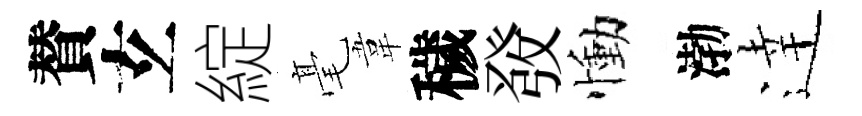
賛𤣥綻毫韋穢𤼲慟渤逹